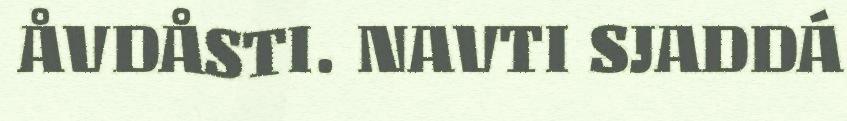
ÅVDÅSTI. NAVTI SJADDÁ